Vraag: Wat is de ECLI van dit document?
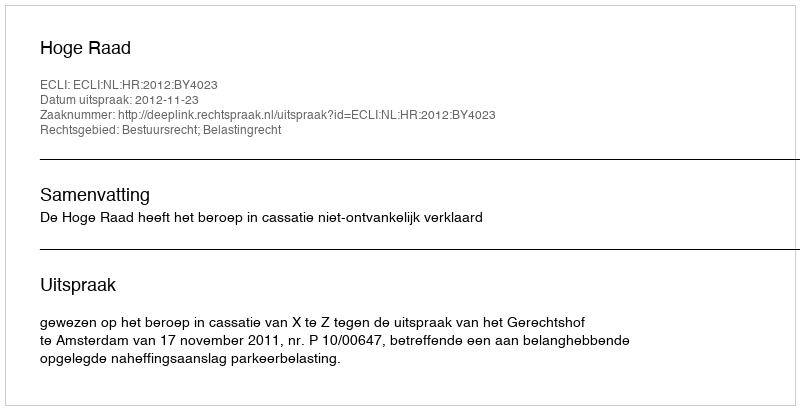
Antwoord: ECLI:NL:HR:2012:BY4023